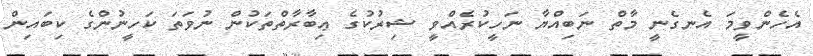
އެހެންވީމަ އެނގެނީ މާތް ނަބިއްޔާ ނަހީކުރެއްވީ ޝިރުކުގެ ޢިބާރާތްތަކުން ނުވަތަ ކަހީނުންގެ ކިބައިން